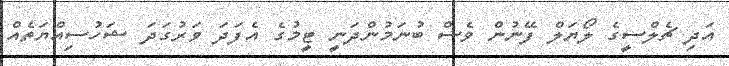
އަދި ޗެލްސީގެ ލޯޔަލް ފޭނުން ވެސް ބުނަމުންދަނީ ޓީމުގެ އެފަދަ ވަރުގަދަ ޝަހުސިއްޔަތެއް